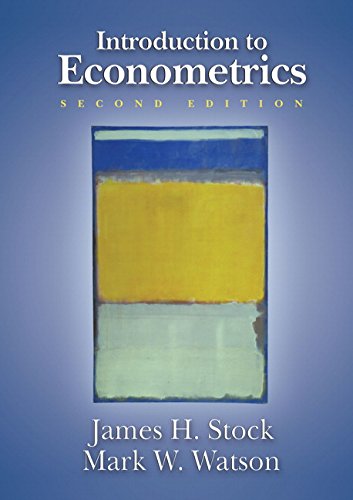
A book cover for Introduction to Econometrics, 2nd Edition (Addison-Wesley Series in Economics); James H. Stock; Business & Money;